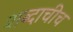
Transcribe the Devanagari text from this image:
शब्दाचीच